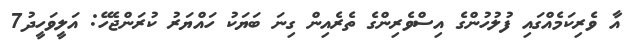
އާ ވެރިކަމެއްގައި ފުލުހުންގެ އިސްވެރިންގެ ތެރެއިން ގިނަ ބަޔަކު ހައްޔަރު ކުރަންޖެހޭ: އަލީވަހީދު7